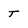
Character: t